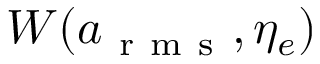
W ( a _ { \mathrm { ~ r ~ m ~ s ~ } } , \eta _ { e } )